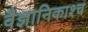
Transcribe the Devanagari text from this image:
वैज्ञानिकाश्च